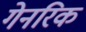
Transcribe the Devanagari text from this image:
गेनरिक